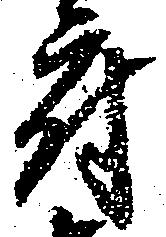
府